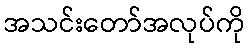
အသင်းတော်အလုပ်ကို